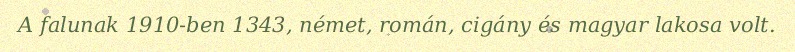
A falunak 1910-ben 1343, német, román, cigány és magyar lakosa volt.